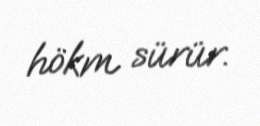
hökm sürür.